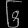
Digit: ၆